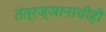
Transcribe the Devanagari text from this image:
तंत्रज्ञानाचीही